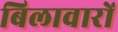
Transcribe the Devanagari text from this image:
बिलावारों